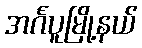
အင်္ဂပူမြို့နယ်